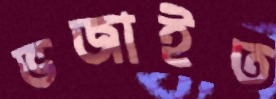
ভজাইত